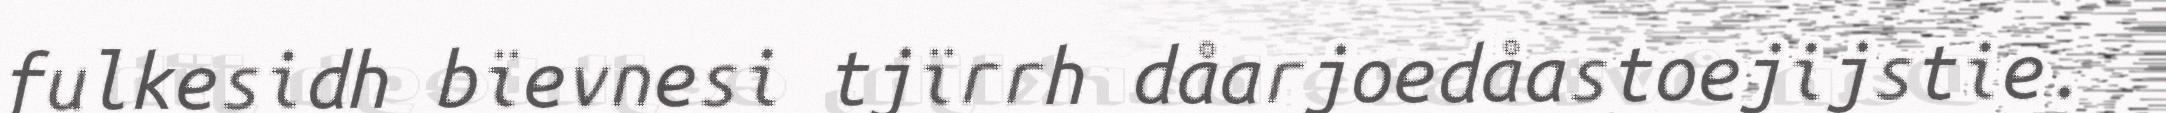
fulkesidh bïevnesi tjïrrh dåarjoedåastoejijstie.